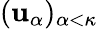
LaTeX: (\mathbf{u}_{\alpha})_{\alpha<\kappa}